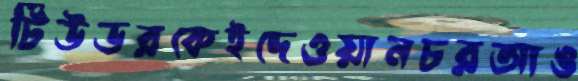
টিউডরকেইদেওয়ানচরআঙ